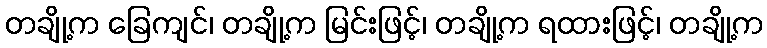
တချို့က ခြေကျင်၊ တချို့က မြင်းဖြင့်၊ တချို့က ရထားဖြင့်၊ တချို့က